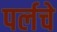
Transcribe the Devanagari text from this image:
पर्लचे